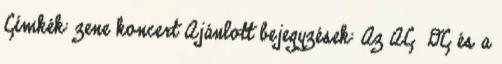
Címkék: zene koncert Ajánlott bejegyzések: Az AC DC és a